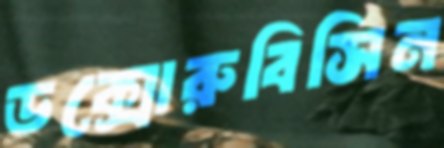
ডক্সোরুবিসিন